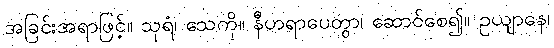
အခြင်းအရာဖြင့်။ သုရံ၊ သေကို။ နီဟရာပေတွာ၊ ဆောင်စေ၍။ ဥယျာနေ၊